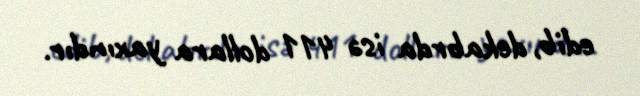
edib, dekabrda isə 411 dollara yaxındır.